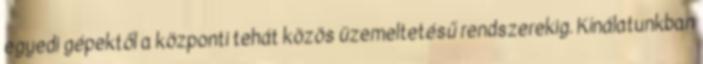
egyedi gépektől a központi tehát közös üzemeltetésű rendszerekig. Kínálatunkban